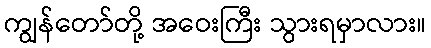
ကျွန်တော်တို့ အဝေးကြီး သွားရမှာလား။